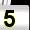
Digit: 5